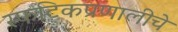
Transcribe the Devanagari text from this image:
स्फटिकप्रणालीचे